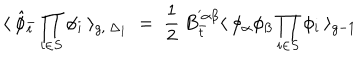
\langle \: { \hat { \phi } } _ { \bar { t } } \prod _ { i \in S } \phi _ { i } \: \rangle _ { g , \: { \Delta _ { 1 } } } \; = \; \frac { 1 } { 2 } \: B _ { \bar { t } } ^ { ' \alpha \beta } \langle \: \phi _ { \alpha } \phi _ { \beta } \prod _ { i \in S } \phi _ { i } \: \rangle _ { g - 1 } \,